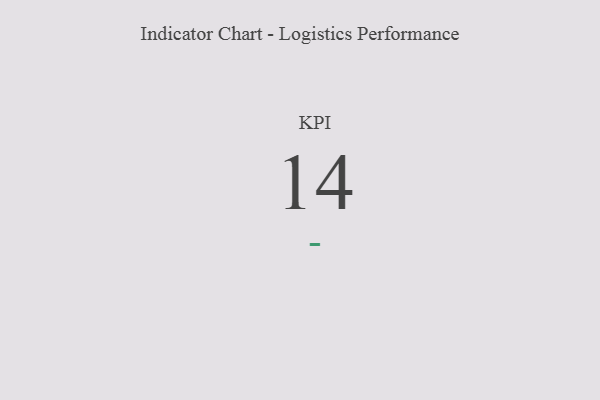
{"axis": {"x": "KPI", "y": "Value"}, "legend": [""], "data": [{"x": "KPI", "y": 14, "type": ""}]}